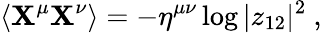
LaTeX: \langle{\mathbf X}^{\mu}{\mathbf X}^{\nu}\rangle=-\eta^{\mu\nu}\log|z_{12}|^{2}~,